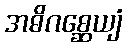
အဓိဂစ္ဆေယျံ